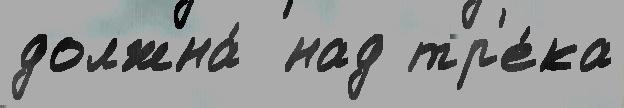
должна́  над тр'е́ка